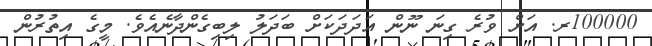
100000ރ. އަށް ވުރެ ގިނަ ނޫން އަދަދަކަށް ބަދަލު ލިބިގެންދާނެއެވެ. މީގެ އިތުރުން